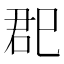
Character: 𰏏